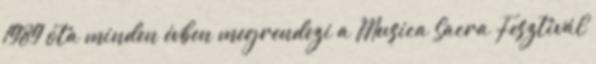
1989 óta minden évben megrendezi a Musica Sacra Fesztivál